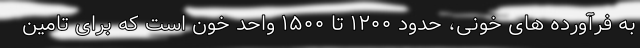
به فرآورده های خونی، حدود ۱۲۰۰ تا ۱۵۰۰ واحد خون است که برای تامین